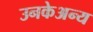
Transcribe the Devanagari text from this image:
उनकेअन्य